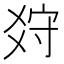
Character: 𤕠